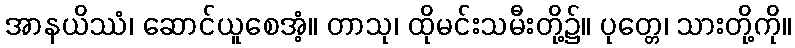
အာနယိဿံ၊ ဆောင်ယူစေအံ့။ တာသု၊ ထိုမင်းသမီးတို့၌။ ပုတ္တေ၊ သားတို့ကို။